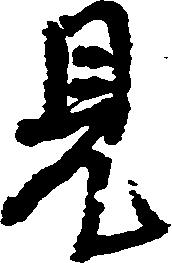
見